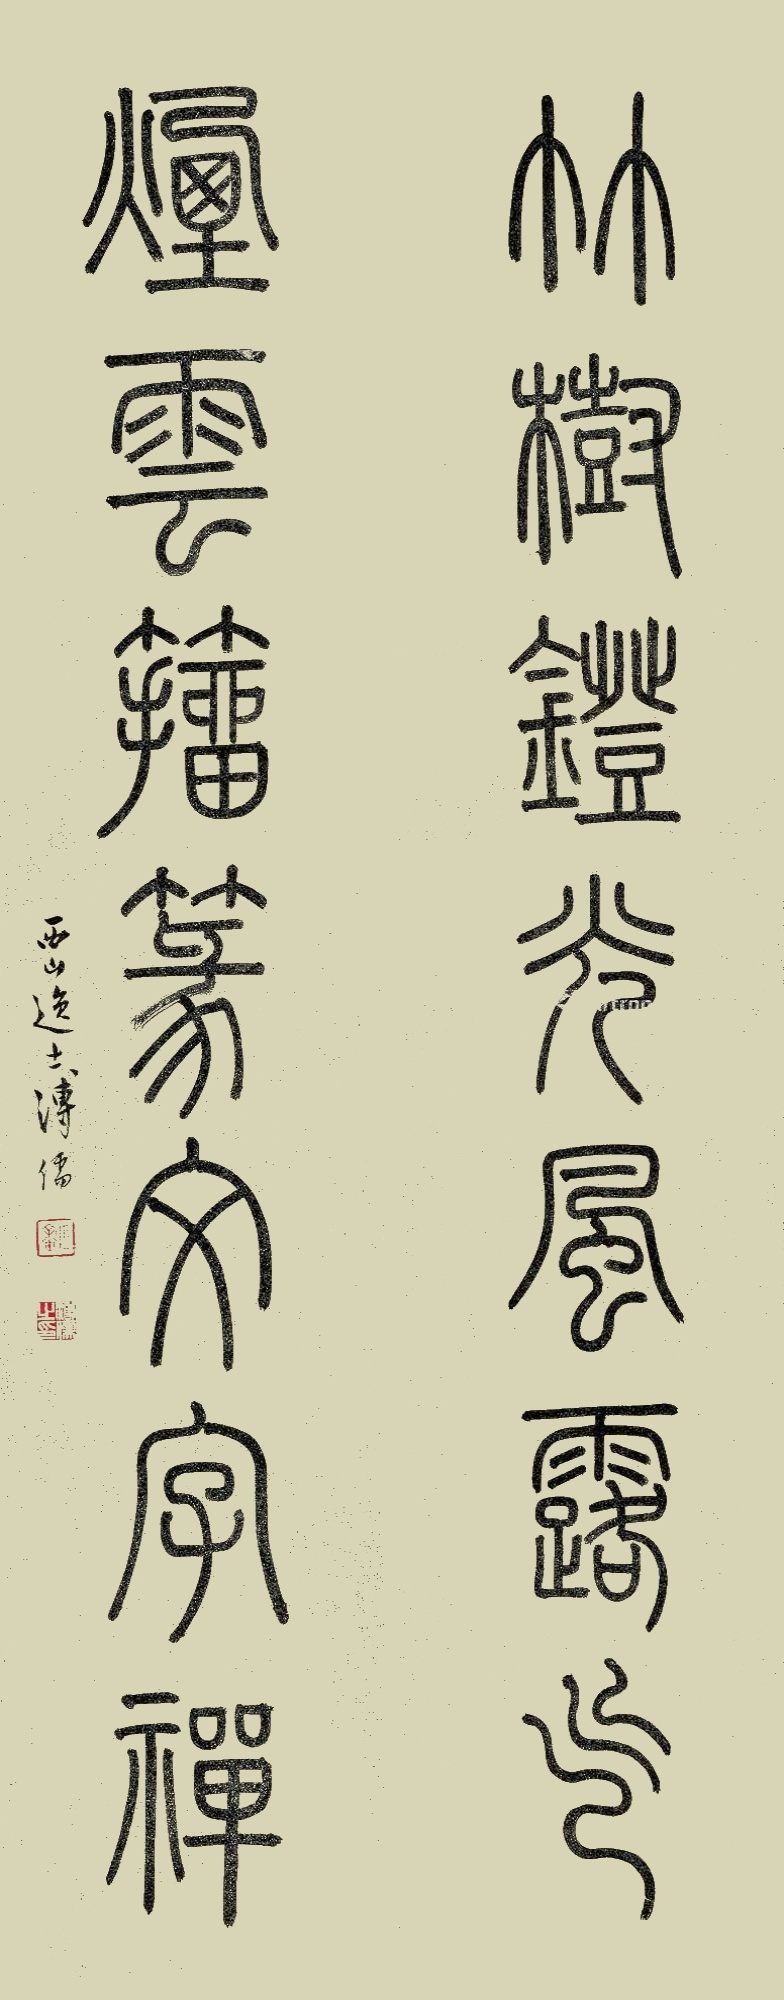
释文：竹树灯光风露气，烟云籀篆文字禅。西山逸士溥儒。